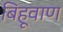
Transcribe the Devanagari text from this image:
बिहूवाण